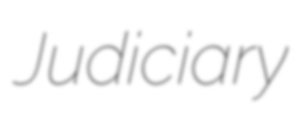
Judiciary